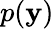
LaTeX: p(\mathbf{y})